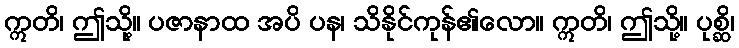
ဣတိ၊ ဤသို့။ ပဇာနာထ အပိ ပန၊ သိနိုင်ကုန်၏လော။ ဣတိ၊ ဤသို့။ ပုစ္ဆိ၊